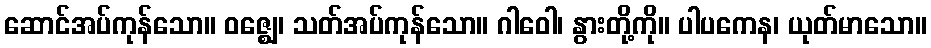
ဆောင်အပ်ကုန်သော။ ဝဇ္ဈေ၊ သတ်အပ်ကုန်သော။ ဂါဝေါ၊ နွားတို့ကို။ ပါပကေန၊ ယုတ်မာသော။